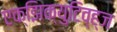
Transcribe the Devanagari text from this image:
एक्झिक्युटिव्ह्ज